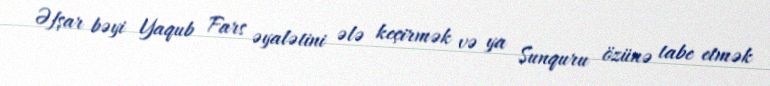
Əfşar bəyi Yaqub Fars əyalətini ələ keçirmək və ya Sunquru özünə tabe etmək